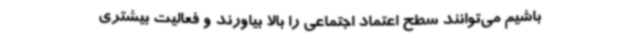
باشیم می‌توانند سطح اعتماد اجتماعی را بالا بیاورند و فعالیت بیشتری